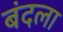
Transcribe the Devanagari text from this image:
बंदला